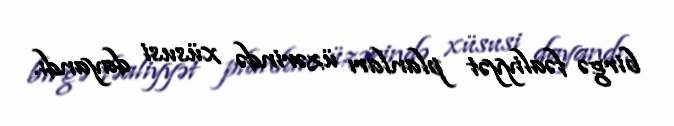
birgə fəaliyyət planları üzərində xüsusi dayandı.